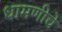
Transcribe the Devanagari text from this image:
धामणीचे